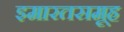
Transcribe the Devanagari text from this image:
इमारतसमूह